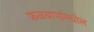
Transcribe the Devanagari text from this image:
फळबागांमधील